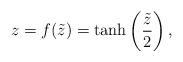
LaTeX: \begin{align*} z = f(\tilde{z}) = \tanh\left( \frac{\tilde{z}}{2} \right),\end{align*}